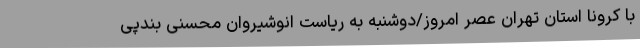
با کرونا استان تهران عصر امروز/دوشنبه به ریاست انوشیروان محسنی بندپی